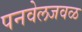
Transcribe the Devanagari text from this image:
पनवेलजवळ